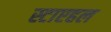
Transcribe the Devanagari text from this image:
स्टाएहल